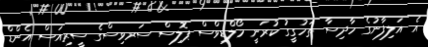
އެ އަލިފާނުގެ ހާދިސާ ތަހުގީގު ކުރަނީ މޯލްޑިވްސް ޕޮލިސް ސަރވިސްގެ ސީރިއަސް އެންޑް